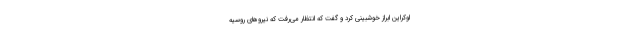
اوکراین ابراز خوشبینی کرد و گفت که انتظار می‌رفت که نیروهای روسیه